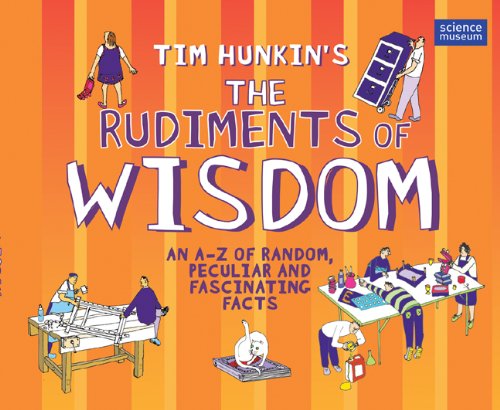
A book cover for Tim Hunkin's The Rudiments of Wisdom: An A-Z of Random, Peculiar and Fascinating Facts; Tim Hunkin; Children's Books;